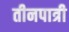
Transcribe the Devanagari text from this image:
तीनपात्री